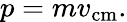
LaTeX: p=mv_{\mathrm{cm}}.